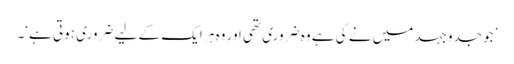
’جو جدوجہد میں نے کی ہے وہ ضروری تھی اور وہ ہر ایک کے لیے ضروری ہوتی ہے‘۔